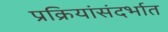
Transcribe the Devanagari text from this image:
प्रक्रियांसंदर्भात